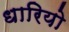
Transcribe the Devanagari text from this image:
धारियो